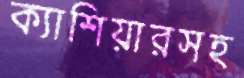
ক্যাশিয়ারসহ